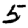
Digit: 5